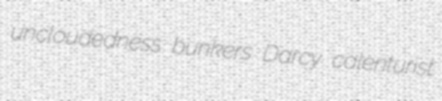
uncloudedness bunkers Darcy calenturist